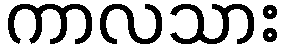
ကာလသား